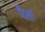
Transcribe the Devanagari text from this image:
मैर्त्ल